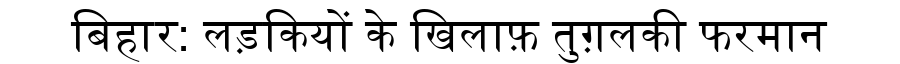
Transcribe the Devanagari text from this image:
बिहार: लड़कियों के खिलाफ़ तुग़लकी फरमान